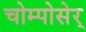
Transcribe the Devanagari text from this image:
चोम्पोसेर्